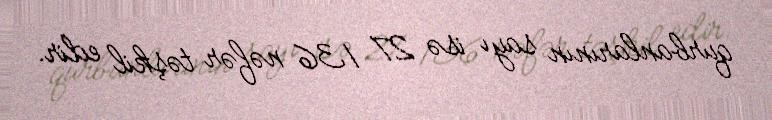
qurbanlarının sayı isə 27 136 nəfər təşkil edir.